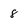
Character: 8